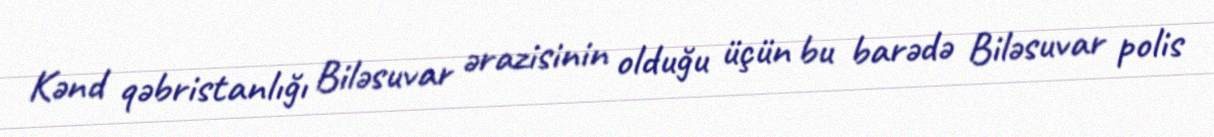
Kənd qəbristanlığı Biləsuvar ərazisinin olduğu üçün bu barədə Biləsuvar polis